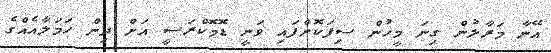
އޭނާ މަރާލުން ގިނަ މީހުން ސިފަކޮށްފައި ވަނީ ޑޮމޮކްރަސީ އަށް ދިން ހަމަލާއެއްގެ